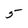
Character: 5